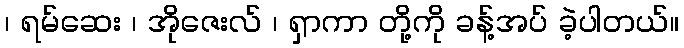
၊ ရမ်ဆေး ၊ အိုဇေးလ် ၊ ရှာကာ တို့ကို ခန့်အပ် ခဲ့ပါတယ်။